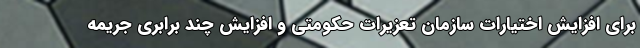
برای افزایش اختیارات سازمان تعزیرات حکومتی و افزایش چند برابری جریمه